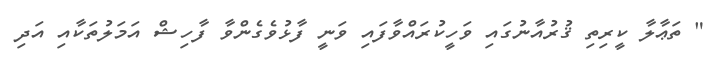
" ތަޢާލާ ކީރިތި ޤުރުއާނުގައި ވަހީކުރައްވާފައި ވަނީ ފާޅުވެގެންވާ ފާހިޝް އަމަލުތަކާއި އަދި